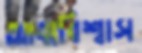
আত্মবিশ্বাস